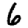
Digit: 6